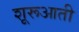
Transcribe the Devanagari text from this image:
शूरूआती